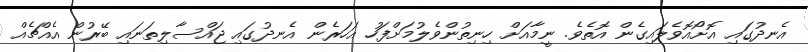
އެނދުގައި އޮށޯއޮވެލައިގެން އޮތެވެ. ނީމާއަށް ހިނިތުންވެލުމަށްފަހު އަހަރެން އެނދުގައި ޖައްސާލިތަނައި ބޭރުން އެއްޗެއް